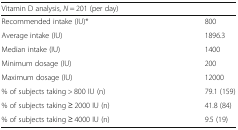
<table><thead><tr><td colspan="2"><b>Vitamin D analysis, <i>N</i> = 201 (per day)</b></td></tr></thead><tbody><tr><td>Recommended intake (IU)*</td><td>800</td></tr><tr><td>Average intake (IU)</td><td>1896.3</td></tr><tr><td>Median intake (IU)</td><td>1400</td></tr><tr><td>Minimum dosage (IU)</td><td>200</td></tr><tr><td>Maximum dosage (IU)</td><td>12000</td></tr><tr><td>% of subjects taking &gt; 800 IU (n)</td><td>79.1 (159)</td></tr><tr><td>% of subjects taking ≥ 2000 IU (n)</td><td>41.8 (84)</td></tr><tr><td>% of subjects taking ≥ 4000 IU (n)</td><td>9.5 (19)</td></tr></tbody></table>